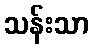
သန်းသာ